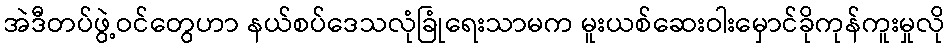
အဲဒီတပ်ဖွဲ့ဝင်တွေဟာ နယ်စပ်ဒေသလုံခြုံရေးသာမက မူးယစ်ဆေးဝါးမှောင်ခိုကုန်ကူးမှုလို